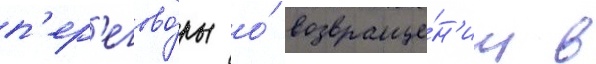
п'ер'егово́ры о́ возвраще́н'ии в